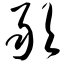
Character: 敢